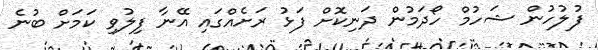
ފުލުހުން ޝަހުމް ހޯދަމުން ދަނިކޮށް ފަޅު ރަށެއްގައި އޭނާ ފިލުވި ކަމަށް ބުނެ